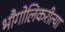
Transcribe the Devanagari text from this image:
भौगोलिकरीत्या